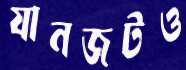
যানজটও